Indian journal of veterinary science and animal husbandry - Volumes 26-27, 1956-1957
Year: 1956
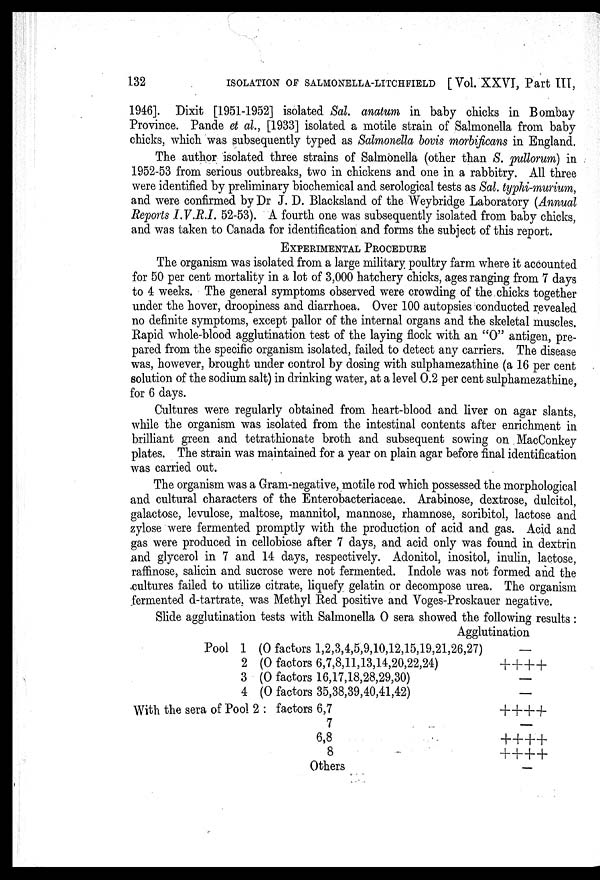
132
ISOLATION OF SALMONELLA-LITCHFIELD [ Vol. XXVI, Part III,
1946]. Dixit [1951-1952] isolated Sal. anatum in baby chicks in Bombay
Province. Pande et al., [1933] isolated a motile strain of Salmonella from baby
chicks, which was subsequently typed as Salmonella bovis morbificans in England.
The author isolated three strains of Salmonella (other than S. pullorum) in
1952-53 from serious outbreaks, two in chickens and one in a rabbitry. All three
were identified by preliminary biochemical and serological tests as Sal. typhi-murium,
and were confirmed by Dr J. D. Blacksland of the Weybridge Laboratory (Annual
Reports I.V.R.I. 52-53). A fourth one was subsequently isolated from baby chicks,
and was taken to Canada for identification and forms the subject of this report.
EXPERIMENTAL PROCEDURE
The organism was isolated from a large military poultry farm where it accounted
for 50 per cent mortality in a lot of 3,000 hatchery chicks, ages ranging from 7 days
to 4 weeks. The general symptoms observed were crowding of the chicks together
under the hover, droopiness and diarrhoea. Over 100 autopsies conducted revealed
no definite symptoms, except pallor of the internal organs and the skeletal muscles.
Rapid whole-blood agglutination test of the laying flock with an "O" antigen, pre-
pared from the specific organism isolated, failed to detect any carriers. The disease
was, however, brought under control by dosing with sulphamezathine (a 16 per cent
solution of the sodium salt) in drinking water, at a level 0.2 per cent sulphamezathine,
for 6 days.
Cultures were regularly obtained from heart-blood and liver on agar slants,
while the organism was isolated from the intestinal contents after enrichment in
brilliant green and tetrathionate broth and subsequent sowing on MacConkey
plates. The strain was maintained for a year on plain agar before final identification
was carried out.
The organism was a Gram-negative, motile rod which possessed the morphological
and cultural characters of the Enterobacteriaceae. Arabinose, dextrose, dulcitol,
galactose, levulose, maltose, mannitol, mannose, rhamnose, soribitol, lactose and
zylose were fermented promptly with the production of acid and gas. Acid and
gas were produced in cellobiose after 7 days, and acid only was found in dextrin
and glycerol in 7 and 14 days, respectively. Adonitol, inositol, inulin, lactose,
raffinose, salicin and sucrose were not fermented. Indole was not formed and the
cultures failed to utilize citrate, liquefy gelatin or decompose urea. The organism
fermented d-tartrate, was Methyl Red positive and Voges-Proskauer negative.
Slide agglutination tests with Salmonella O sera showed the following results:
Agglutination
Pool 1 (O factors 1,2,3,4,5,9,10,12,15,19,21,26,27)
2 (O factors 6,7,8,11,13,14,20,22,24)
3 (O factors 16,17,18,28,29,30)
4 (O factors 35,38,39,40,41,42)
With the sera of Pool 2 : factors 6,7
7
6,8
8
Others
—
++++ —
—
++++
—
++++
++++ —